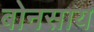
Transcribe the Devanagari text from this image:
बोनसाय